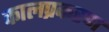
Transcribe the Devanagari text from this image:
कालप्रकरण